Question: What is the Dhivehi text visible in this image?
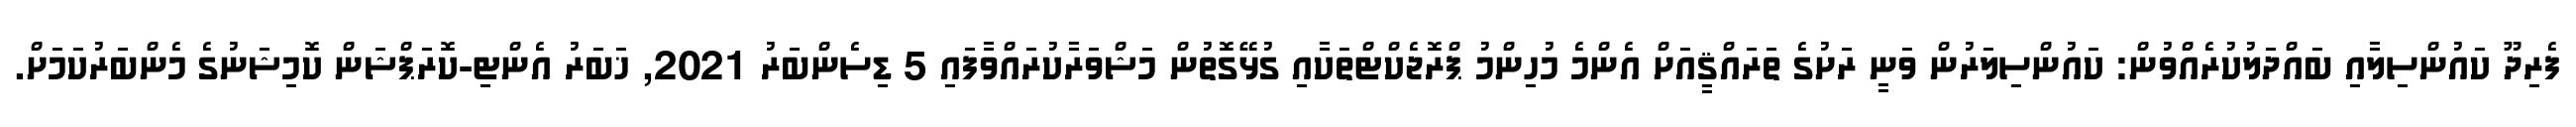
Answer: ފެރިދޫ ކައުންސިލާއި ބައްދަލުކުރެއްވުން: ކައުންސިލަރުން ވަނީ ރަށުގެ ތަރައްޤީއަށް އެންމެ މުހިންމު ޕްރޮޖެކްޓްތަކާއި ގުޅޭގޮތުން މަޝްވަރާކުރައްވާފައި 5 ޑިސެންބަރު 2021, ޚަބަރު އެންޓި-ކޮރަޕްޝަން ކޮމިޝަނުގެ މެންބަރުކަމަށް.